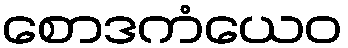
စောဒကံယေဝ